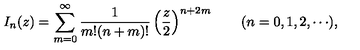
I _ { n } ( z ) = \sum _ { m = 0 } ^ { \infty } \frac { 1 } { m ! ( n + m ) ! } \left( \frac z 2 \right) ^ { n + 2 m } \qquad ( n = 0 , 1 , 2 , \cdots ) ,